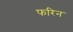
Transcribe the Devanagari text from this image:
फरिन